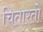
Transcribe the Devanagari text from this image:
चितारतो